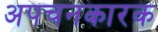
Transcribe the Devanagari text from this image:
अपचनकारक